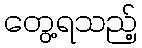
တွေ့ရသည့်